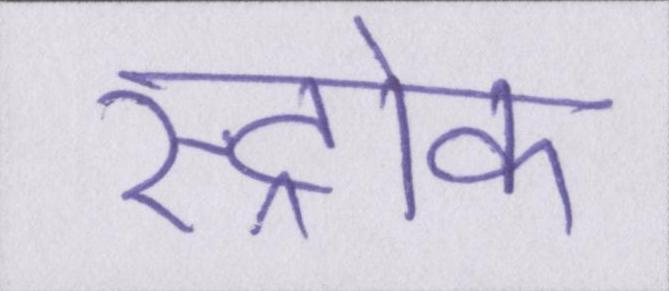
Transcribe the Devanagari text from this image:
स्ट्रोक